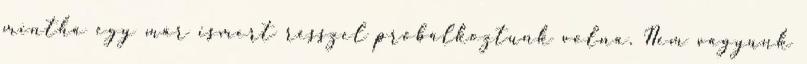
mintha egy már ismert résszel próbálkoztunk volna. Nem vagyunk